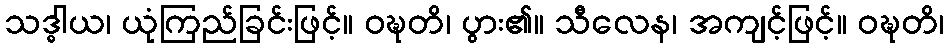
သဒ္ဓါယ၊ ယုံကြည်ခြင်းဖြင့်။ ဝဍ္ဎတိ၊ ပွား၏။ သီလေန၊ အကျင့်ဖြင့်။ ဝဍ္ဎတိ၊